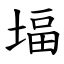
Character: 堛